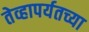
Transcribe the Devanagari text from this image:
तेव्हापर्यतच्या